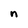
Character: n